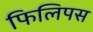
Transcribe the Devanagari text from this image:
फिलिपस